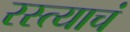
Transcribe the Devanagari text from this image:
रस्त्याचं